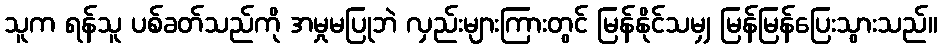
သူက ရန်သူ ပစ်ခတ်သည်ကို အမှုမပြုဘဲ လှည်းများကြားတွင် မြန်နိုင်သမျှ မြန်မြန်ပြေးသွားသည်။